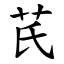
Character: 芪